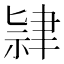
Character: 𫆔